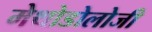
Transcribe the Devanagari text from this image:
मेथोडोलोजी